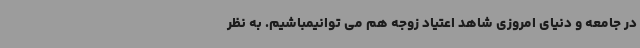
در جامعه و دنیای امروزی شاهد اعتیاد زوجه هم می توانیمباشیم. به نظر